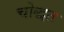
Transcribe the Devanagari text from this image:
चोद्धत